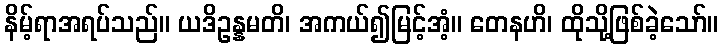
နိမ့်ရာအရပ်သည်။ ယဒိဥန္နမတိ၊ အကယ်၍မြင့်အံ့။ တေနဟိ၊ ထိုသို့ဖြစ်ခဲ့သော်။